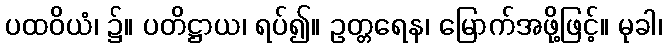
ပထဝိယံ၊ ၌။ ပတိဋ္ဌာယ၊ ရပ်၍။ ဥတ္တရေန၊ မြောက်အဖို့ဖြင့်။ မုခါ၊